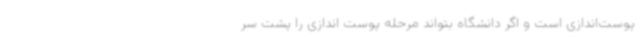
پوست‌اندازی است و اگر دانشگاه بتواند مرحله پوست اندازی را پشت سر